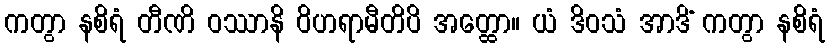
ကတွာ နစိရံ တီဏိ ဝဿာနိ ဝိဟရာမီတိပိ အတ္ထော။ ယံ ဒိဝသံ အာဒိံ ကတွာ နစိရံ